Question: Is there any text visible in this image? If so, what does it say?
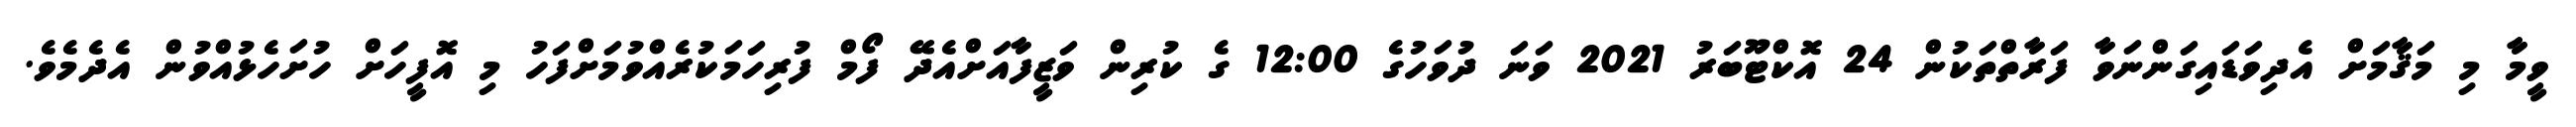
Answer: ވީމާ މި މަޤާމަށް އެދިވަޑައިގަންނަވާ ފަރާތްތަކުން 24 އޮކްޓޫބަރު 2021 ވަނަ ދުވަހުގެ 12:00 ގެ ކުރިން ވަޒީފާއަށްއެދޭ ފޯމް ފުރިހަމަކުރެއްވުމަށްފަހު މި އޮފީހަށް ހުށަހެޅުއްވުން އެދެމެވެ.